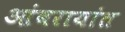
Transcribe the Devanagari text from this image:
आंबरायांत